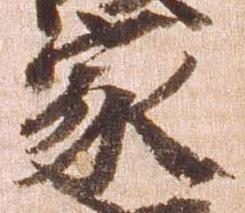
家